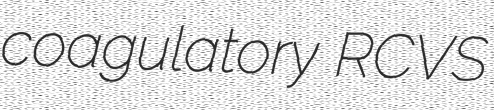
coagulatory RCVS